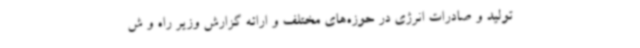
تولید و صادرات انرژی در حوزه‌های مختلف و ارائه گزارش وزیر راه و ش